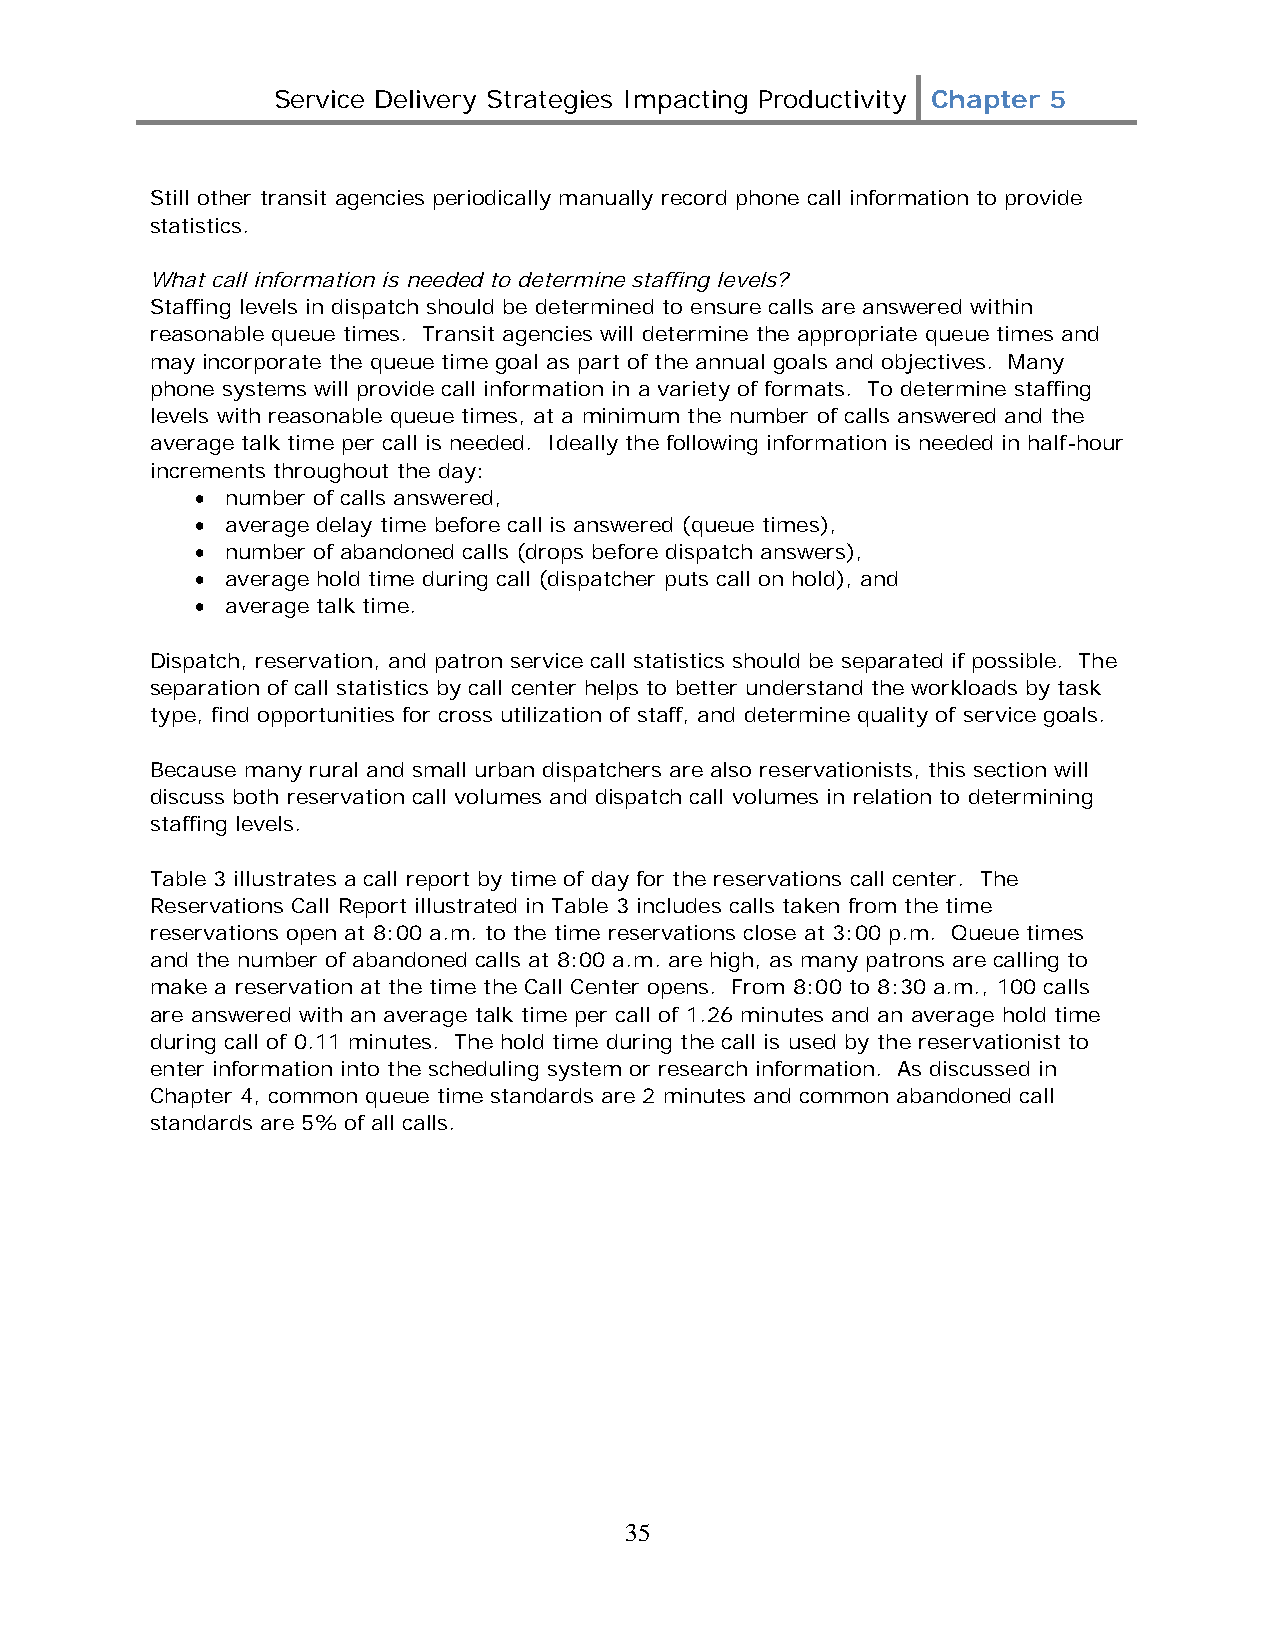
Service Delivery Strategies Impacting Productivity Chapter 5
 Still other transit agencies periodically manually record phone call information to provide
 statistics.
 What call information is needed to determine staffing levels?
 Staffing levels in dispatch should be determined to ensure calls are answered within
 reasonable queue times. Transit agencies will determine the appropriate queue times and
 may incorporate the queue time goal as part of the annual goals and objectives. Many
 phone systems will provide call information in a variety of formats. To determine staffing
 levels with reasonable queue times, at a minimum the number of calls answered and the
 average talk time per call is needed. Ideally the following information is needed in half-hour
 increments throughout the day:
 • number of calls answered,
 • average delay time before call is answered (queue times),
 • number of abandoned calls (drops before dispatch answers),
 • average hold time during call (dispatcher puts call on hold), and
 • average talk time.
 Dispatch, reservation, and patron service call statistics should be separated if possible. The
 separation of call statistics by call center helps to better understand the workloads by task
 type, find opportunities for cross utilization of staff, and determine quality of service goals.
 Because many rural and small urban dispatchers are also reservationists, this section will
 discuss both reservation call volumes and dispatch call volumes in relation to determining
 staffing levels.
 Table 3 illustrates a call report by time of day for the reservations call center. The
 Reservations Call Report illustrated in Table 3 includes calls taken from the time
 reservations open at 8:00 a.m. to the time reservations close at 3:00 p.m. Queue times
 and the number of abandoned calls at 8:00 a.m. are high, as many patrons are calling to
 make a reservation at the time the Call Center opens. From 8:00 to 8:30 a.m., 100 calls
 are answered with an average talk time per call of 1.26 minutes and an average hold time
 during call of 0.11 minutes. The hold time during the call is used by the reservationist to
 enter information into the scheduling system or research information. As discussed in
 Chapter 4, common queue time standards are 2 minutes and common abandoned call
 standards are 5% of all calls.
 35